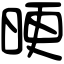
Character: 𣆳